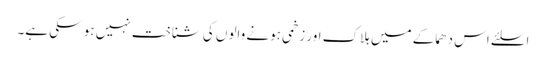
اسلئے اس دھماکے میں ہلاک اور زخمی ہونے والوں کی شناخت نہیں ہو سکی ہے۔